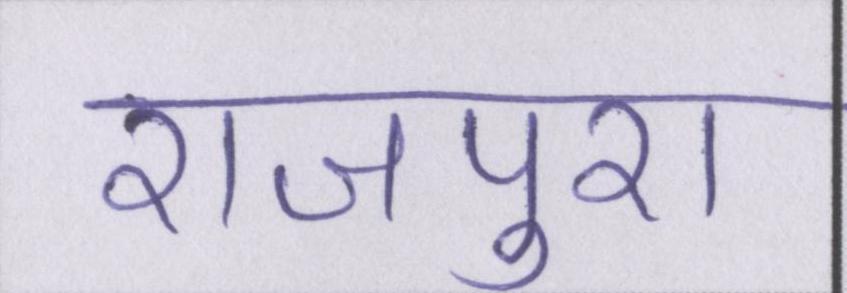
राजपुरा